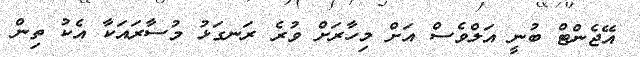
އޭޖެންޓް ބުނީ އަލްވެސް އަށް މިހާރަށް ވުރެ ރަނގަޅު މުސާރައަކާ އެކު ތިން